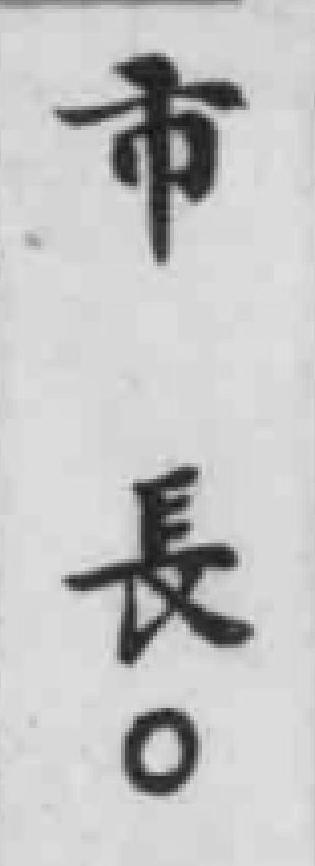
市長。